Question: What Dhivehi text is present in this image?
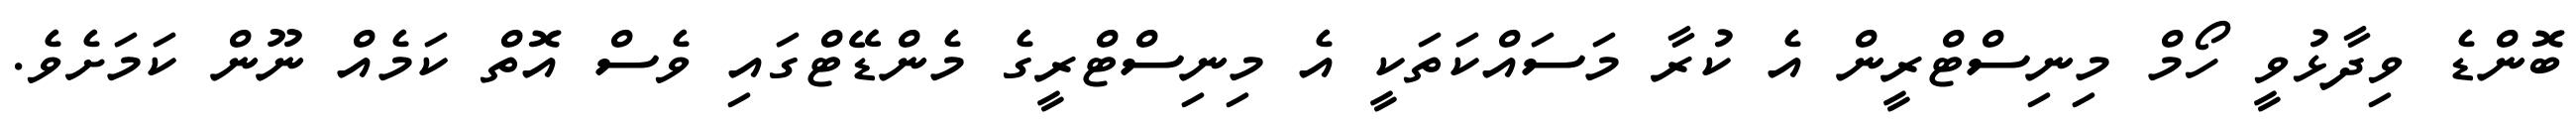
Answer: ބޮންޑެ ވިދާޅުވީ ހޯމް މިނިސްޓްރީން އެ ކުރާ މަސައްކަތަކީ އެ މިނިސްޓްރީގެ މެންޑޭޓްގައި ވެސް އޮތް ކަމެއް ނޫން ކަމަށެވެ.